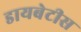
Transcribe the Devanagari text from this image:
डायबेटीस